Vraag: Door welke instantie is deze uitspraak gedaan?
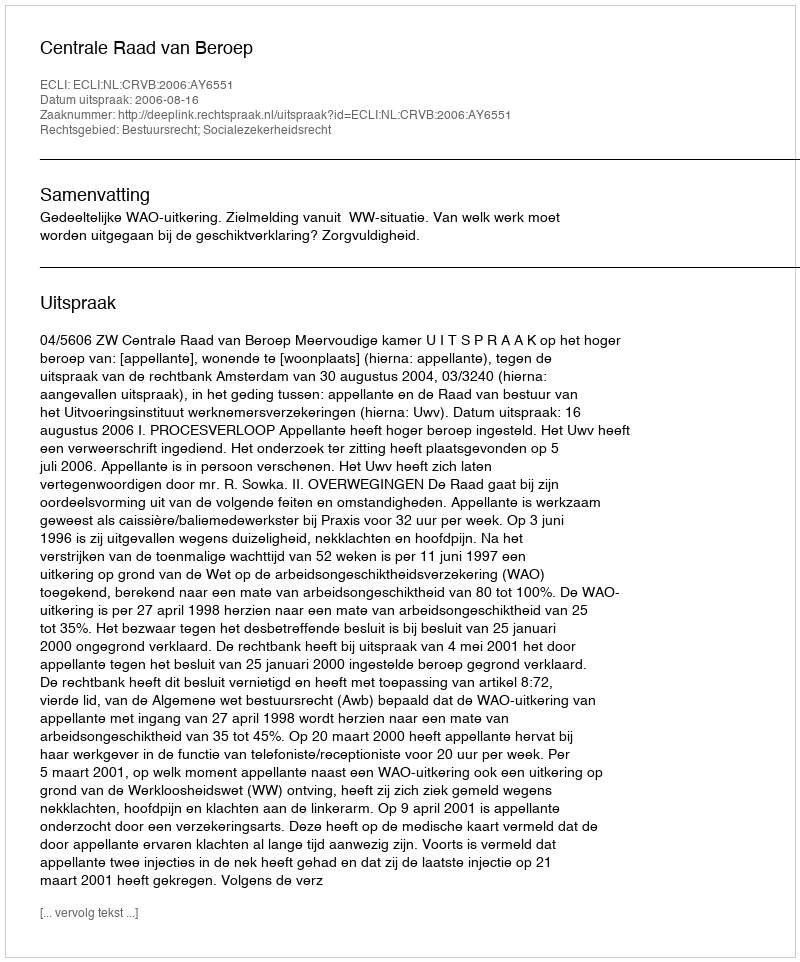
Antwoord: Centrale Raad van Beroep